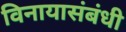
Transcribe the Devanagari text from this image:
विनायासंबंधी